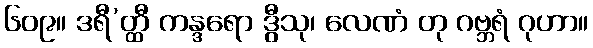
၆၀၉။ ဒရီ’တ္ထီ ကန္ဒရော ဒွီသု၊ လေဏံ တု ဂဗ္ဘရံ ဂုဟာ။